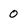
Character: 0